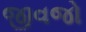
જીવજો